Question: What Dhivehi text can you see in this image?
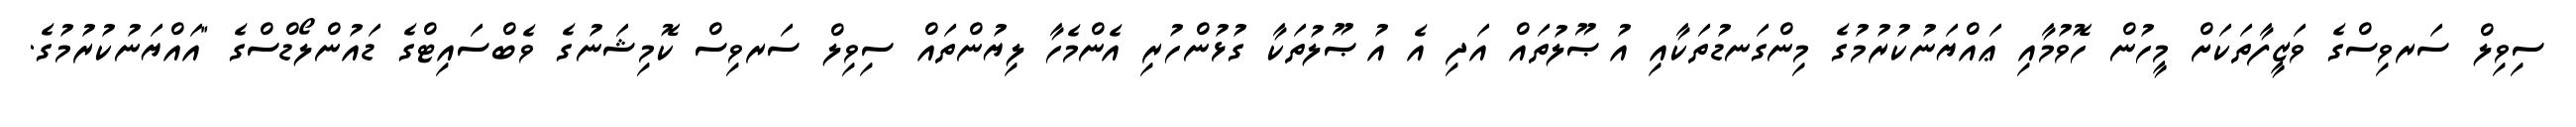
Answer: ސިވިލް ސަރވިސްގެ ވަޒީފާތަކަށް މީހުން ހޮވުމާއި ޢައްޔަނުކުރުމުގެ މިންގަނޑުތަކާއި އުޞޫލުތައް އަދި އެ އުޞޫލުތަކާ ގުޅުންހުރި އެންމެހާ ލިޔުންތައް ސިވިލް ސަރވިސް ކޮމިޝަނުގެ ވެބްސައިޓްގެ ޑައުންލޯޑްސްގެ "އައްޔަނުކުރުމުގެ.